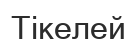
Тікелей